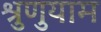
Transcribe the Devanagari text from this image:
श्रुणुयाम